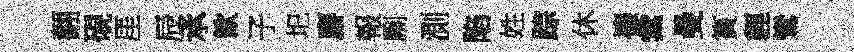
翿硯厓辰承歓子圯麝報劂測陷姓踪休禳彙曼篔貍鸞